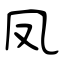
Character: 凤